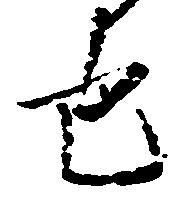
也